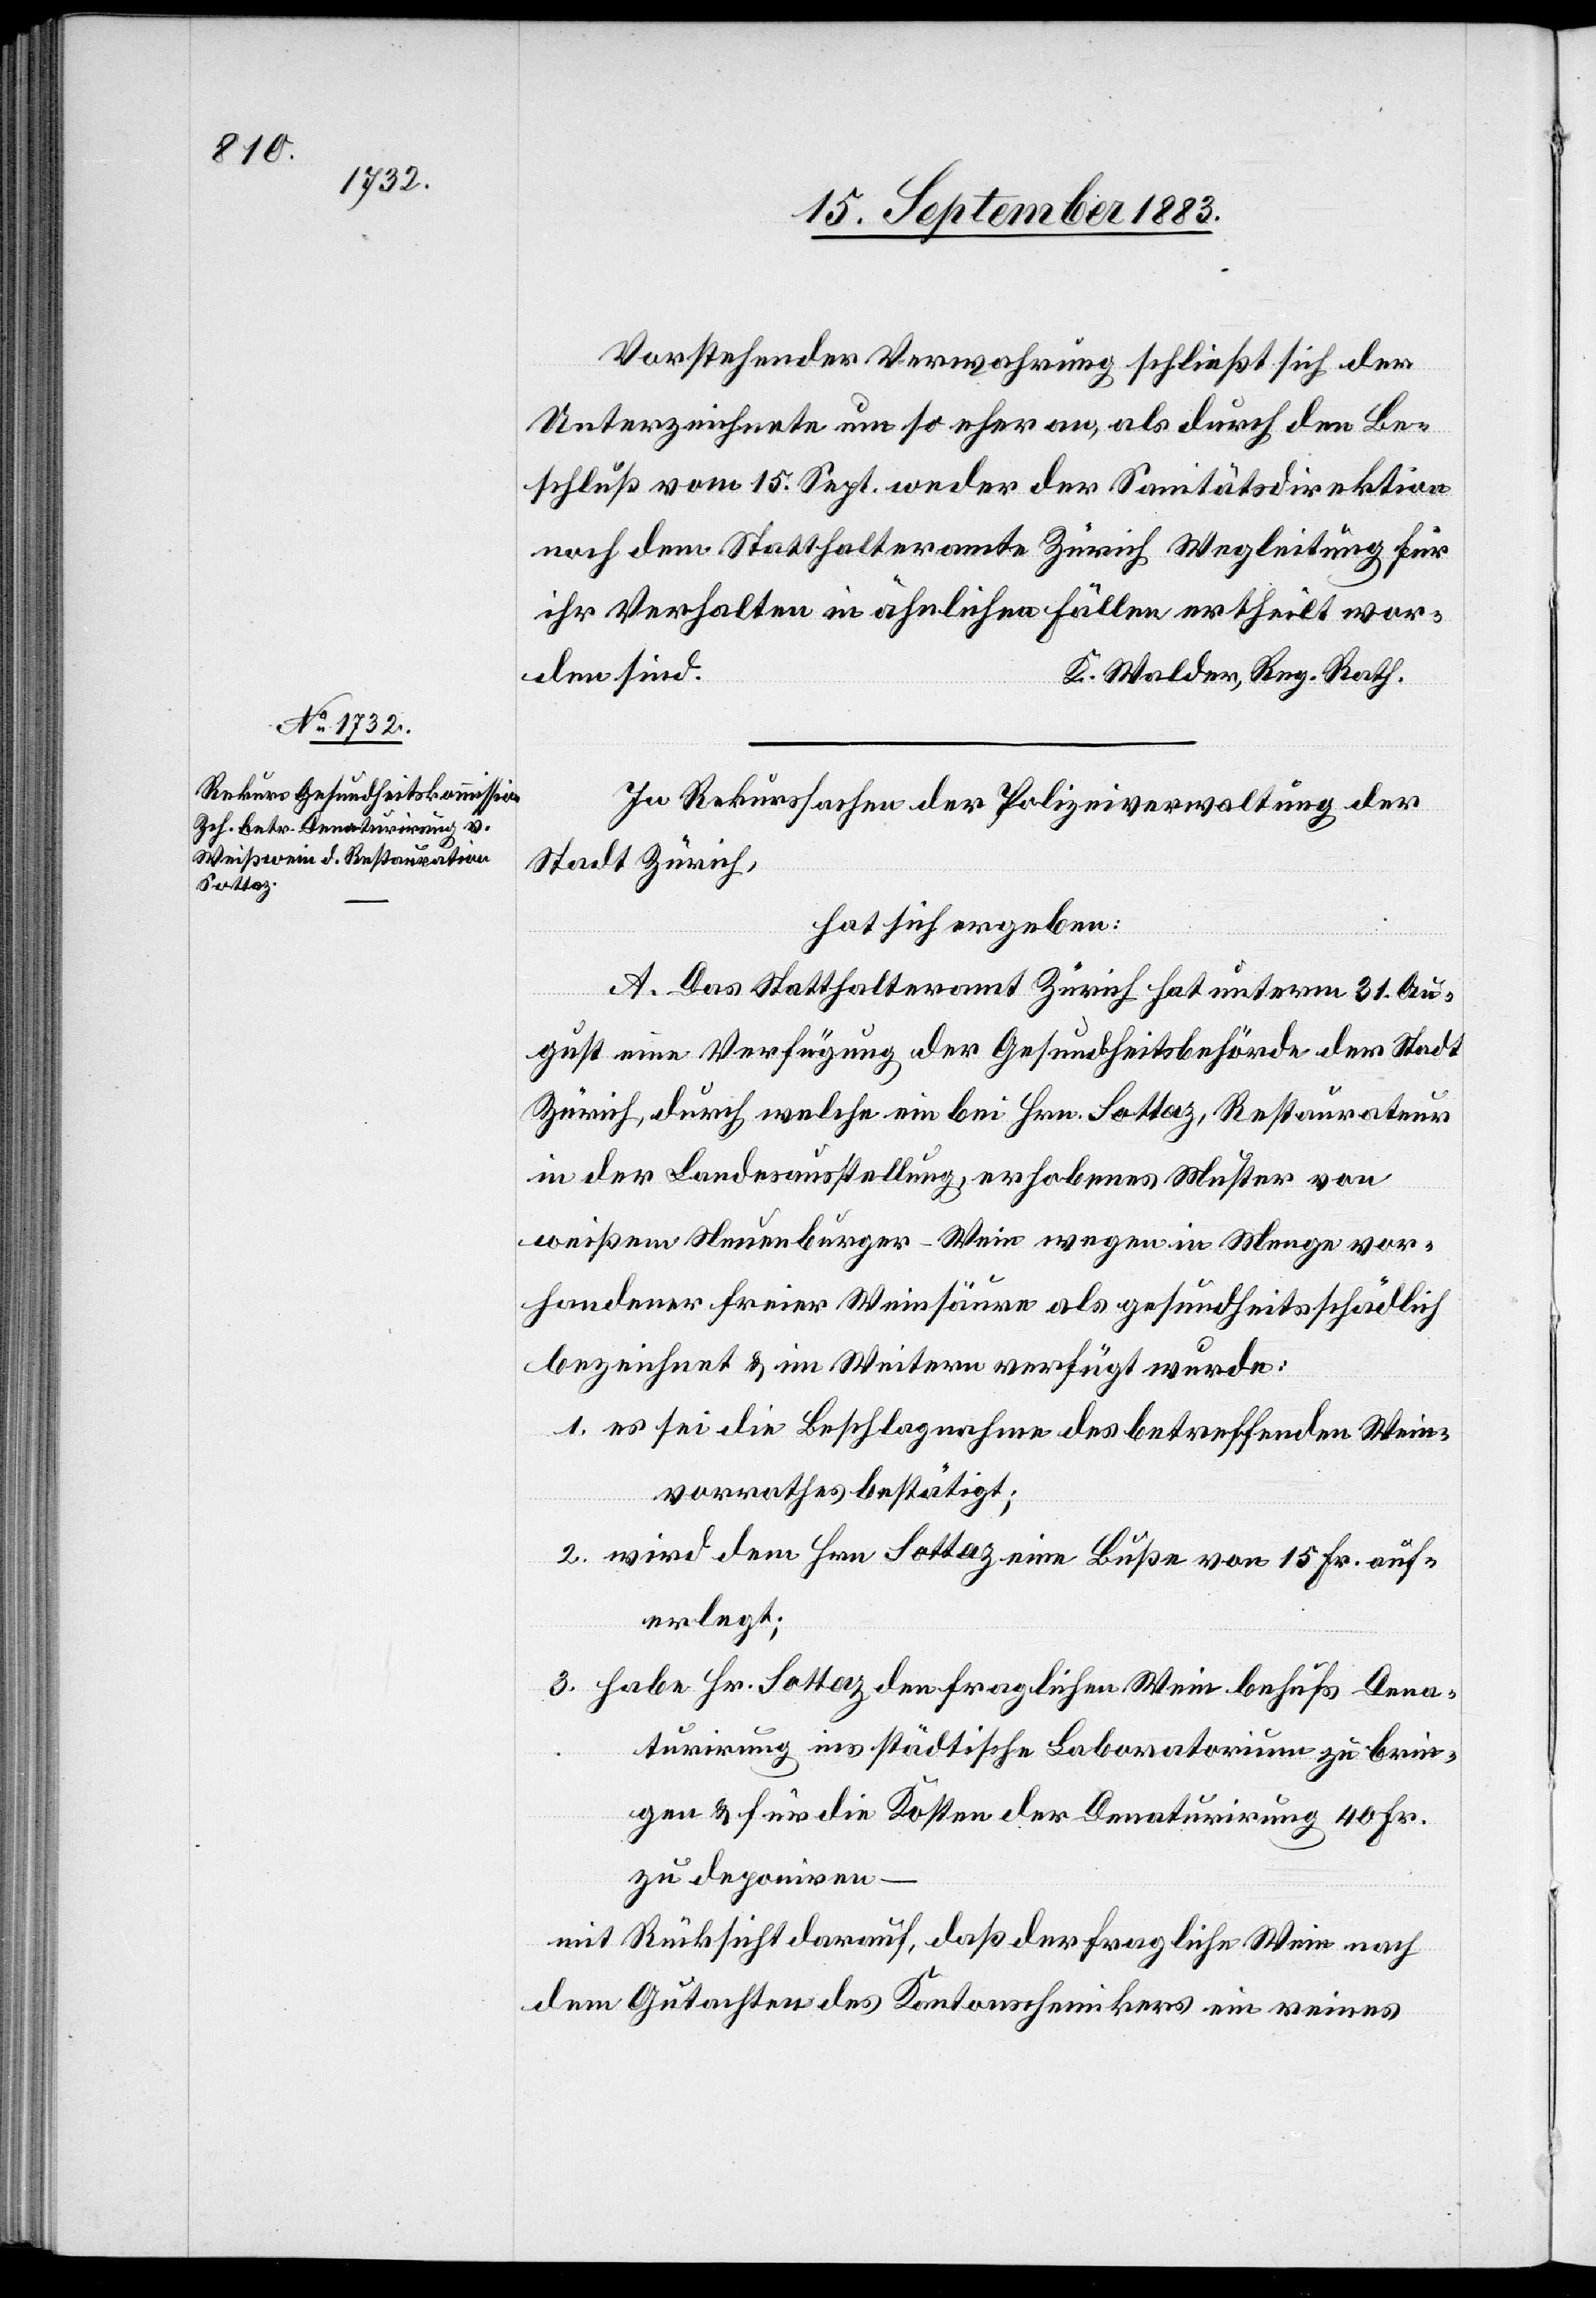
Vorstehender Verwahrung schließt sich der
Unterzeichnete um so eher an, als durch den Be¬
schluß vom 15. Sept. weder der Sanitätsdirektion
noch dem Statthalteramte Wegleitung für ihr
rden sind.
K. Walder, Reg. Rath.
In Rekurssachen der Polizeiverwaltung der
Stadt Zürich,
hat sich ergeben:
wo¬
A. Das Statthalteramt Zürich hat unterm 31. Au¬
gust eine Verfügung der Gesundheitsbehörde der Stadt
Zürich durch welche ein bei Hrn. Sottaz, Restaurateur
in der Landesausstellung, erhobenes Muster von
weißem Neuenburger-Wein wegen in Menge vor¬
handener freier Weinsäure als gesundheitsschädlich
bezeichnet & im Weitern verfügt wurde:
1. es sei die Beschlagnahme des betreffendes Wein¬
vorrathes bestätigt;
2. wird dem Hrn. Sottaz eine Buße von 15 Fr. auf¬
erlegt;
3. habe Hr. Sottaz den fraglichen Wein behufs Dena¬
turirung ins städtische Laboratorium zu brin¬
gen & für die Kosten der Denaturirung 40 Fr.
zu deponiren –
mit Rücksicht darauf daß der fragliche Wein nach
dem Gutachten des Kantonschemikers ein reines